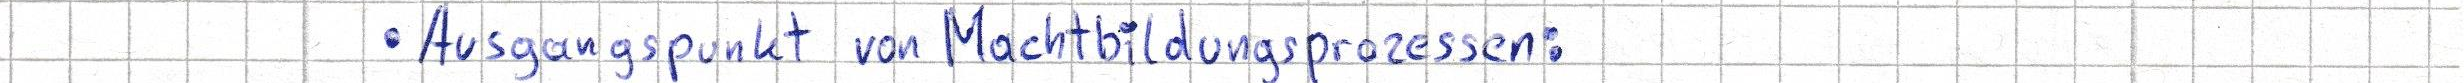
Ausgangspunkt von Machtbildungsprozessen: